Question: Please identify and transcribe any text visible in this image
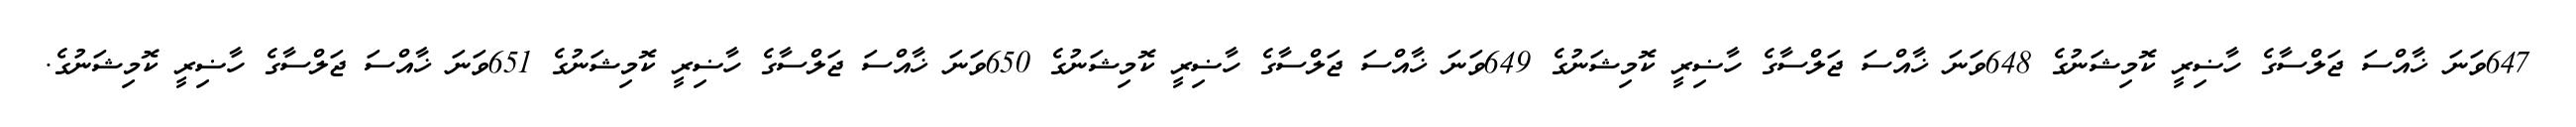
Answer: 647ވަނަ ޚާއްސަ ޖަލްސާގެ ހާޟިރީ ކޮމިޝަނުގެ 648ވަނަ ޚާއްސަ ޖަލްސާގެ ހާޟިރީ ކޮމިޝަނުގެ 649ވަނަ ޚާއްސަ ޖަލްސާގެ ހާޟިރީ ކޮމިޝަނުގެ 650ވަނަ ޚާއްސަ ޖަލްސާގެ ހާޟިރީ ކޮމިޝަނުގެ 651ވަނަ ޚާއްސަ ޖަލްސާގެ ހާޟިރީ ކޮމިޝަނުގެ.